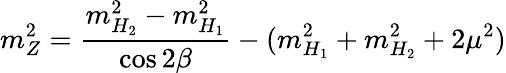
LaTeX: m_{Z}^{2}=\frac{m_{H_{2}}^{2}-m_{H_{1}}^{2}}{\cos 2\beta}-(m_{H_{1}}^{2}+m_{H_{2}}^{2}+2\mu^{2})